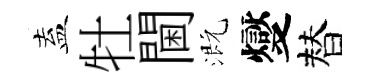
盍牡閫溉燮替